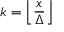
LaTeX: k = \left\lfloor { \frac { x } { \Delta } } \right\rfloor